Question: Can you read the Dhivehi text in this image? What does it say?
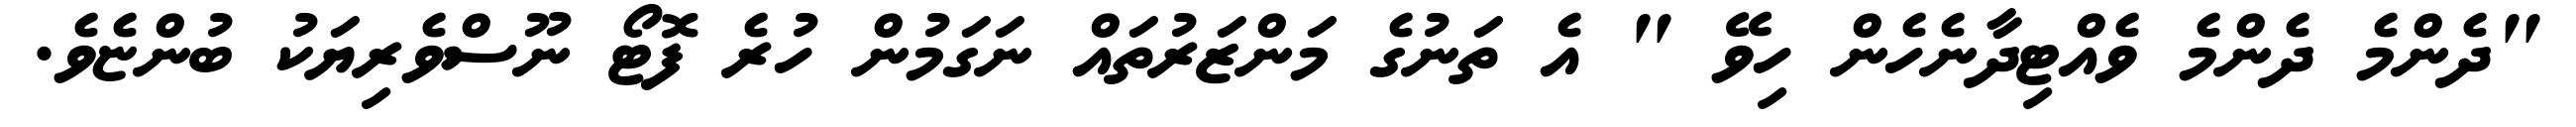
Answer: "ދެންމެ ދެންމެ ވެއްޓިދާނެހެން ހިވޭ " އެ ތަނުގެ މަންޒަރުތައް ނަގަމުން ހުރެ ފޮޓޯ ނޫސްވެރިޔަކު ބުންޏެވެ.